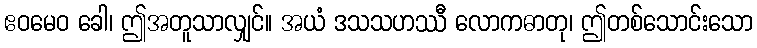
ဧဝမေဝ ခေါ၊ ဤအတူသာလျှင်။ အယံ ဒသသဟဿီ လောကဓာတု၊ ဤတစ်သောင်းသော